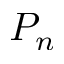
P _ { n }